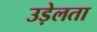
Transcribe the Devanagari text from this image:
उड़ेलता